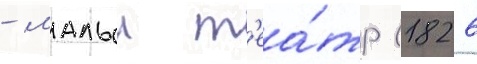
- малыи т'еа́тр (1826